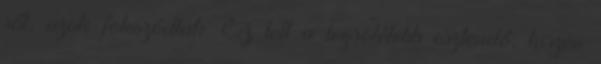
sőt, azok fokozódtak. Ez lett a legsötétebb esztendő, hiszen